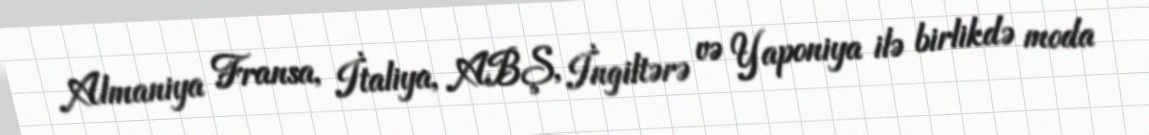
Almaniya Fransa, İtaliya, ABŞ, İngiltərə və Yaponiya ilə birlikdə moda